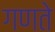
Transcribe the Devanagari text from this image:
गणते